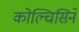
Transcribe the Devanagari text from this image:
कोल्चिसिने